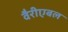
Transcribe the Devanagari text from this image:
वैरीएबल